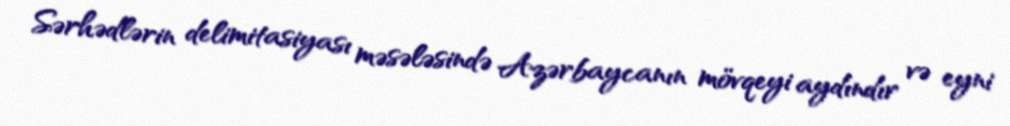
Sərhədlərin delimitasiyası məsələsində Azərbaycanın mövqeyi aydındır və eyni